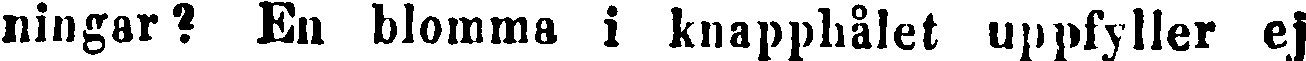
ningar? En blomma i knapphålet uppfyller ej